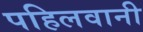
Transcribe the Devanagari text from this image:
पहिलवानी